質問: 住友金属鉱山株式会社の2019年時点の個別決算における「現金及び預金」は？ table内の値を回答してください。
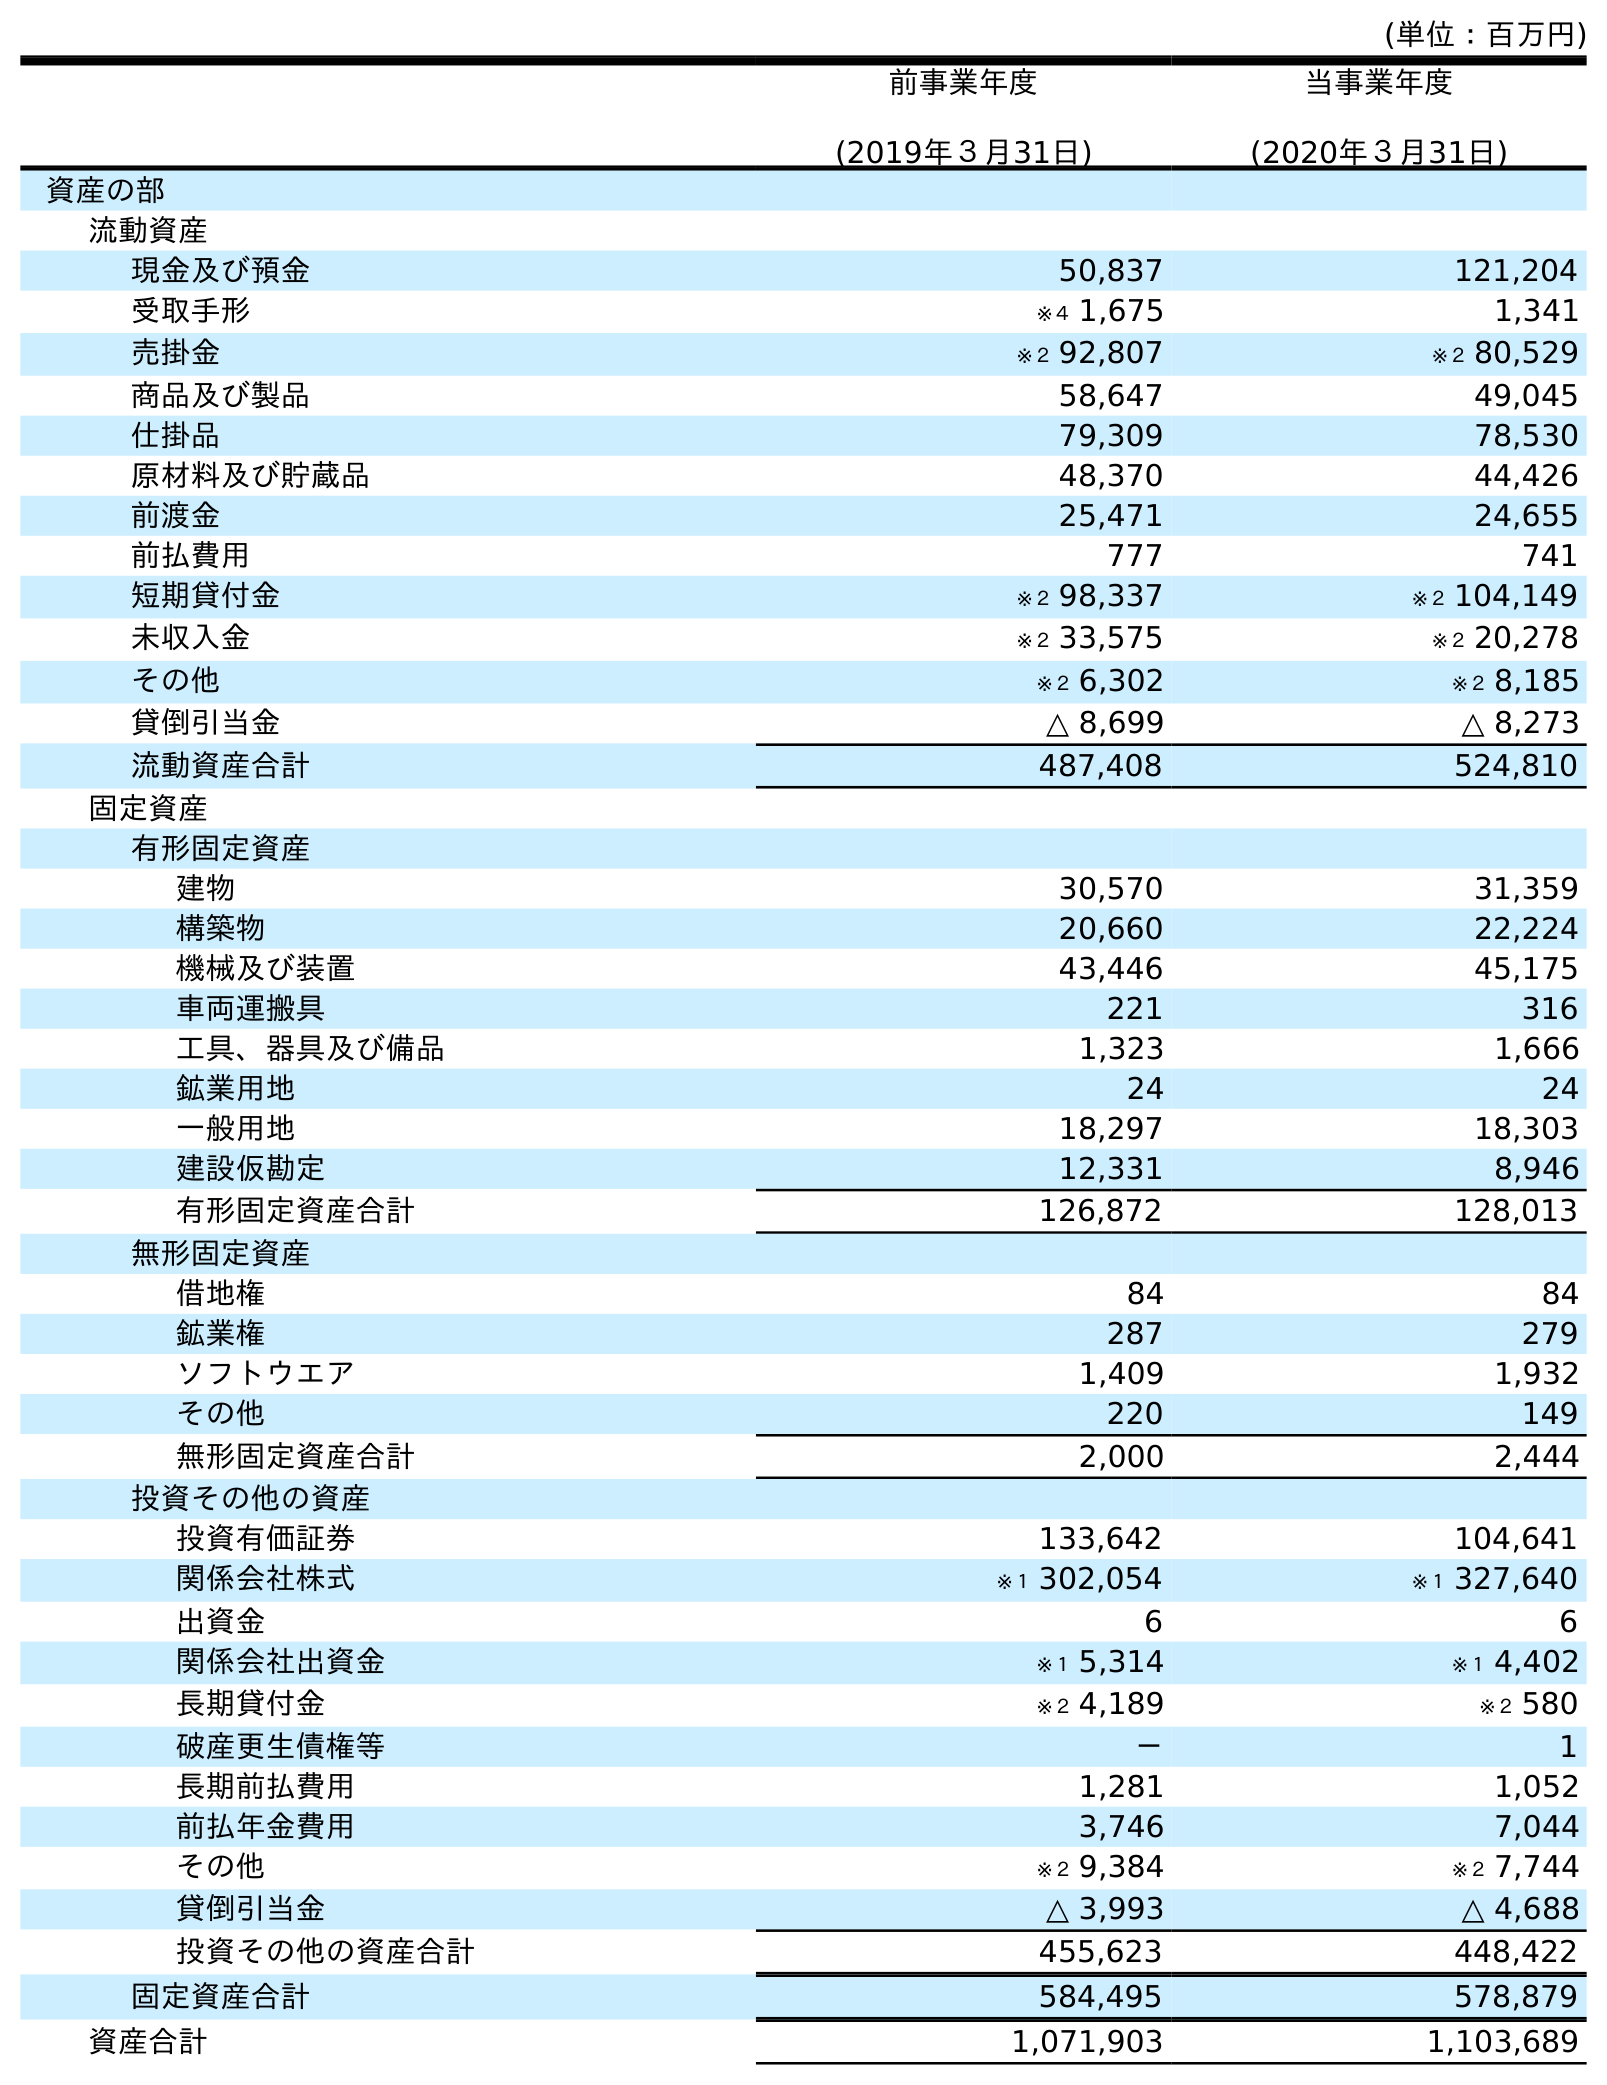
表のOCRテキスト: (単位：百万円) 前事業年度 (2019年３月31日) 当事業年度 (2020年３月31日) 資産の部 流動資産 現金及び預金 50,837 121,204 受取手形 ※４ 1,675 1,341 売掛金 ※２ 92,807 ※２ 80,529 商品及び製品 58,647 49,045 仕掛品 79,309 78,530 原材料及び貯蔵品 48,370 44,426 前渡金 25,471 24,655 前払費用 777 741 短期貸付金 ※２ 98,337 ※２ 104,149 未収入金 ※２ 33,575 ※２ 20,278 その他 ※２ 6,302 ※２ 8,185 貸倒引当金 △ 8,699 △ 8,273 流動資産合計 487,408 524,810 固定資産 有形固定資産 建物 30,570 31,359 構築物 20,660 22,224 機械及び装置 43,446 45,175 車両運搬具 221 316 工具、器具及び備品 1,323 1,666 鉱業用地 24 24 一般用地 18,297 18,303 建設仮勘定 12,331 8,946 有形固定資産合計 126,872 128,013 無形固定資産 借地権 84 84 鉱業権 287 279 ソフトウエア 1,409 1,932 その他 220 149 無形固定資産合計 2,000 2,444 投資その他の資産 投資有価証券 133,642 104,641 関係会社株式 ※１ 302,054 ※１ 327,640 出資金 6 6 関係会社出資金 ※１ 5,314 ※１ 4,402 長期貸付金 ※２ 4,189 ※２ 580 破産更生債権等 － 1 長期前払費用 1,281 1,052 前払年金費用 3,746 7,044 その他 ※２ 9,384 ※２ 7,744 貸倒引当金 △ 3,993 △ 4,688 投資その他の資産合計 455,623 448,422 固定資産合計 584,495 578,879 資産合計 1,071,903 1,103,689
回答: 50,837